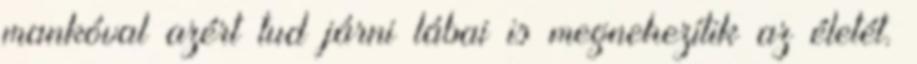
mankóval azért tud járni lábai is megnehezítik az életét.